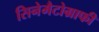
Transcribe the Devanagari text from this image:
सिनेमैटोग्राफी